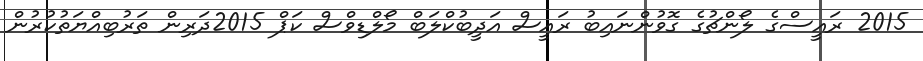
2015 ރައީސްގެ ލޯންޗުގެ ގޮވުންނައިބު ރައީސް އަދީބުކްލަބް މޯލްޑިވްސް ކަޕް 2015ދަރިން ތަރުބިއްޔަތުކުރުން